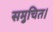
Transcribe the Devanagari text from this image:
समुचित।